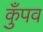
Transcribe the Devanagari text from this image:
कुँपव